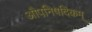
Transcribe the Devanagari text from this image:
औपनिषदिकम्